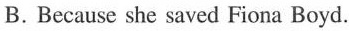
B.Because she saved Fiona Boyd.